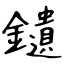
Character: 𨯯